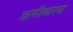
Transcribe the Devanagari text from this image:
क्षमीकरण